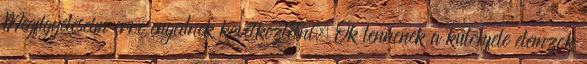
Megfigyeleseim erre engednek kovetkeztetni. Ok lennenek a kulonfele elemzok